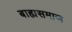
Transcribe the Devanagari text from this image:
बाह्यसमाज